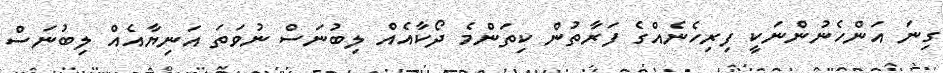
ގިނަ އަންހެނުންނަކީ ފިރިހެނެއްގެ ފަރާތުން ކިތަންމެ ދޯކާއެއް ލިބުނަސް ނުވަތަ އަނިޔާއެއް ލިބުނަސް